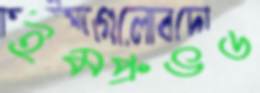
ইমপ্রুভড